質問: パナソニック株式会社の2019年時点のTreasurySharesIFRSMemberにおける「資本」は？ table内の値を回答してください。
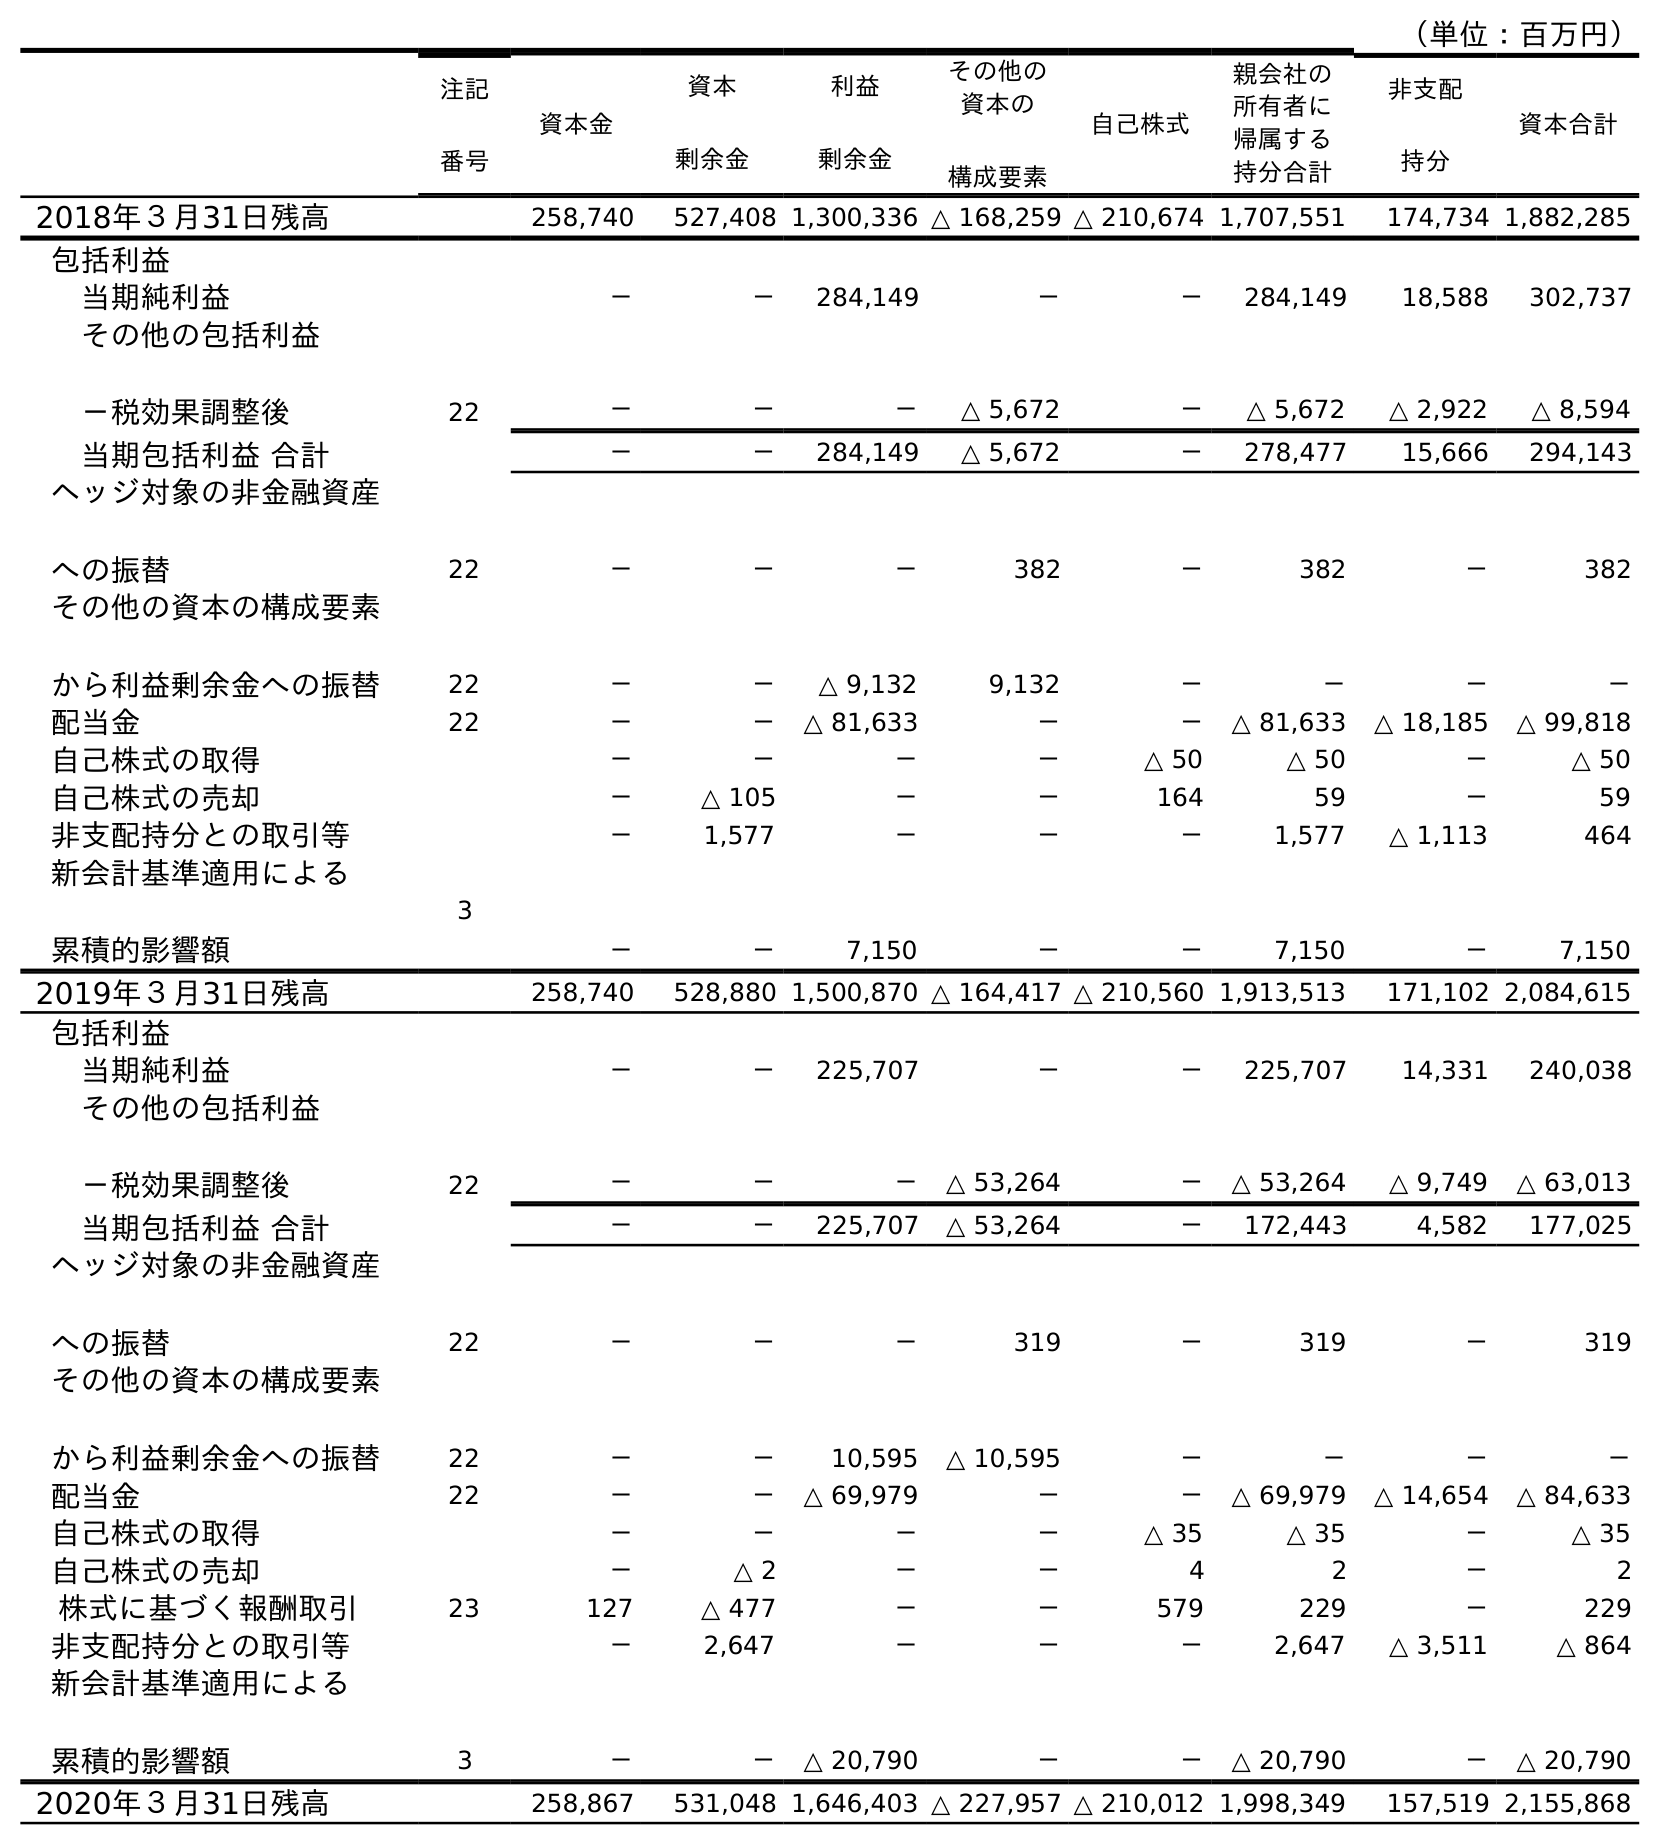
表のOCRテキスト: （単位：百万円） 注記 番号 資本金 資本 剰余金 利益 剰余金 その他の 資本の 構成要素 自己株式 親会社の 所有者に 帰属する 持分合計 非支配 持分 資本合計 2018年３月31日残高 258,740 527,408 1,300,336 △ 168,259 △ 210,674 1,707,551 174,734 1,882,285 包括利益 当期純利益 － － 284,149 － － 284,149 18,588 302,737 その他の包括利益 －税効果調整後 22 － － － △ 5,672 － △ 5,672 △ 2,922 △ 8,594 当期包括利益 合計 － － 284,149 △ 5,672 － 278,477 15,666 294,143 ヘッジ対象の非金融資産 への振替 22 － － － 382 － 382 － 382 その他の資本の構成要素 から利益剰余金への振替 22 － － △ 9,132 9,132 － － － － 配当金 22 － － △ 81,633 － － △ 81,633 △ 18,185 △ 99,818 自己株式の取得 － － － － △ 50 △ 50 － △ 50 自己株式の売却 － △ 105 － － 164 59 － 59 非支配持分との取引等 － 1,577 － － － 1,577 △ 1,113 464 新会計基準適用による 累積的影響額 3 － － 7,150 － － 7,150 － 7,150 2019年３月31日残高 258,740 528,880 1,500,870 △ 164,417 △ 210,560 1,913,513 171,102 2,084,615 包括利益 当期純利益 － － 225,707 － － 225,707 14,331 240,038 その他の包括利益 －税効果調整後 22 － － － △ 53,264 － △ 53,264 △ 9,749 △ 63,013 当期包括利益 合計 － － 225,707 △ 53,264 － 172,443 4,582 177,025 ヘッジ対象の非金融資産 への振替 22 － － － 319 － 319 － 319 その他の資本の構成要素 から利益剰余金への振替 22 － － 10,595 △ 10,595 － － － － 配当金 22 － － △ 69,979 － － △ 69,979 △ 14,654 △ 84,633 自己株式の取得 － － － － △ 35 △ 35 － △ 35 自己株式の売却 － △ 2 － － 4 2 － 2 株式に基づく報酬取引 23 127 △ 477 － － 579 229 － 229 非支配持分との取引等 － 2,647 － － － 2,647 △ 3,511 △ 864 新会計基準適用による 累積的影響額 3 － － △ 20,790 － － △ 20,790 － △ 20,790 2020年３月31日残高 258,867 531,048 1,646,403 △ 227,957 △ 210,012 1,998,349 157,519 2,155,868
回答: △210,560